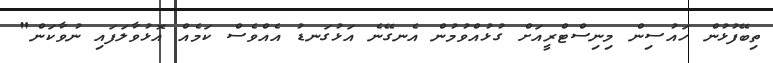
ތިބޭފުޅުން ހައުސިން މިނިސްޓްރީއަށް ގުޅުއްވުމުން އެނގޭނެ އަޅުގަނޑު އެއްވެސް ކަމެއް އޮޅުވާލަފައި ނުވާކަން"